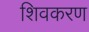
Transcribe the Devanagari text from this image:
शिवकरण